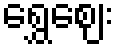
ရွှေဈေး